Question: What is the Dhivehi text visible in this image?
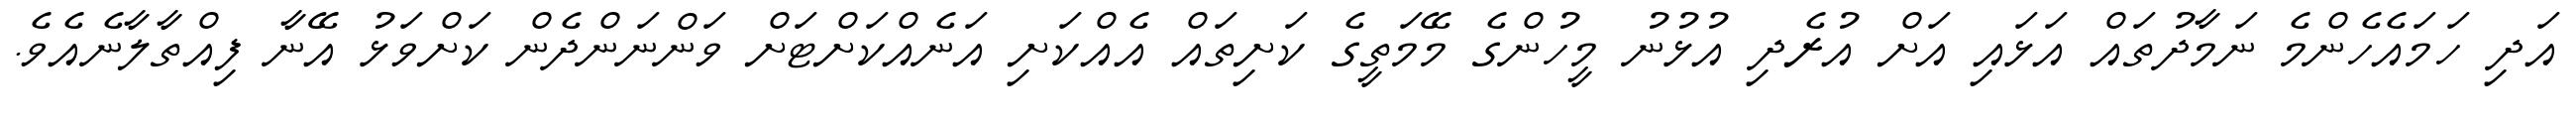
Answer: އަދި ހަމައެހެންމެ ނަމާދުތައް އަޅައި އަށް އުރެދި އުޅުނު މީހުންގެ މޭމަތީގެ ކަށިތައް އެއްކަށި އަނެއްކަށްޓަށް ވަންނަންދެން ކަށްވަޅު އޭނާ ފިއްތާލާނެއެވެ.